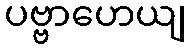
ပဗ္ဗာဟေယျ